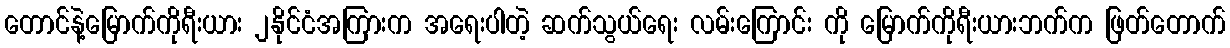
တောင်နဲ့မြောက်ကိုရီးယား ၂နိုင်ငံအကြားက အရေးပါတဲ့ ဆက်သွယ်ရေး လမ်းကြောင်း ကို မြောက်ကိုရီးယားဘက်က ဖြတ်တောက်